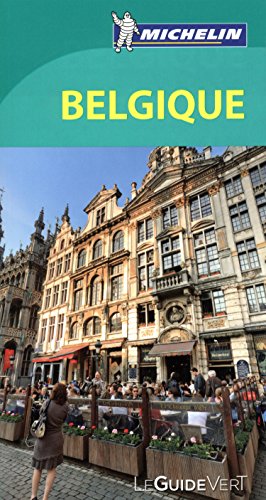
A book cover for Guide Vert Belgique [ Green Guide in French - Belgium ] (French Edition); Michelin Travel Publications; Travel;